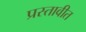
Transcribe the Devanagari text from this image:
प्रस्तावीत